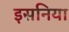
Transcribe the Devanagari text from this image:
इसनिया